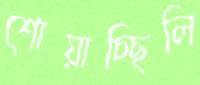
শোয়াচ্ছিলি